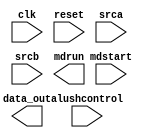
`timescale 1 ns / 1 ps

module mdunit(input         clk, reset,
              input  [31:0] srca, srcb,
              input  [2:0]  alushcontrol,
              input         mdstart, 
              output [31:0] data_out,
              output        mdrun);
    
endmodule